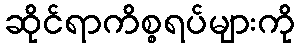
ဆိုင်ရာကိစ္စရပ်များကို